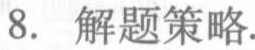
8. 解题策略.